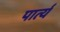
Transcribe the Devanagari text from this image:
पार्त्य